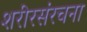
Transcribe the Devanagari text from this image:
शरीरसंरचना